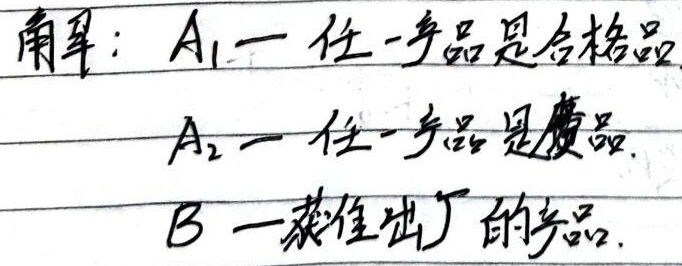
解：令\(A_1\)表示“任一产品是合格品”，\(A_2\)表示“任一产品是废品”，\(B\)表示“蔡佳出的产品”。